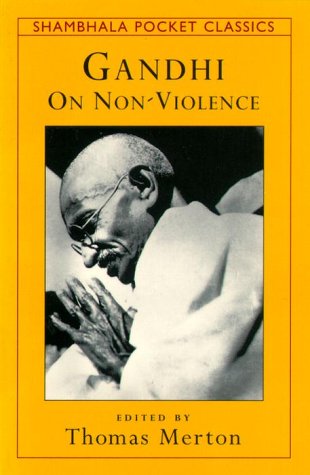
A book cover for GANDHI ON NONVIOLENCE (Shambhala Pocket Classics); Mahatma Gandhi; Religion & Spirituality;